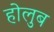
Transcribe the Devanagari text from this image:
होलुब